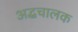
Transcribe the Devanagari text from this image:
अद्धचालक